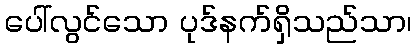
ပေါ်လွင်သော ပုဒ်နက်ရှိသည်သာ၊